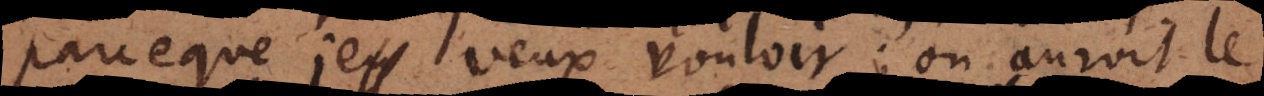
parceque je veux vouloir; on auroit le